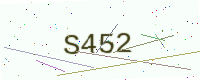
Text: S452